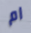
ام